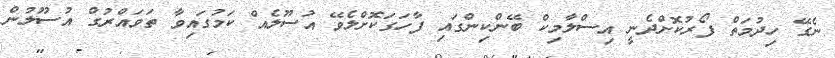
ނެގޭ ހިދުމަތް ފޯރުކޮށްދެނީ އިސްލާމިކް ބޭންކިންގައި ފާހަގަކޮށްލެވޭ އުސޫލެއް ކަމުގައިވާ ތަވައްރުގް އުސޫލުން